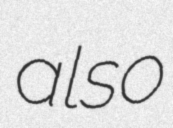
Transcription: also